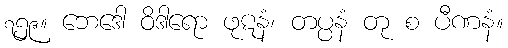
၇၅၉။ ဘေဒေါ ဝိဒါရော ဖုဋနံ၊ တပ္ပနံ တု စ ပီဏနံ။